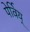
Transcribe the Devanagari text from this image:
पेर्विय्